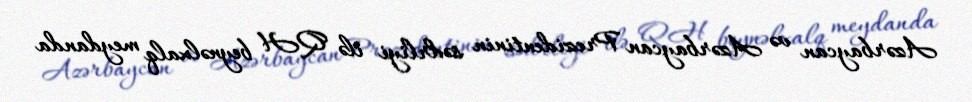
Azərbaycan və Azərbaycan Prezidentinin sədrliyi ilə QH beynəlxalq meydanda